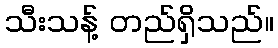
သီးသန့် တည်ရှိသည်။